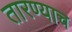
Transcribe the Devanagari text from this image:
तारण्याच